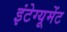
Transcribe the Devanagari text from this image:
इंटेग्यूमेंट